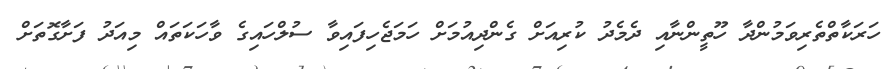
ހަރަކާތްތެރިވަމުންދާ ހޫތީންނާއި ދެމެދު ކުރިއަށް ގެންދިއުމަށް ހަމަޖެހިފައިވާ ސުލްހައިގެ ވާހަކަތައް މިއަދު ފަށާގޮތަށް